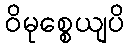
ဝိမုစ္စေယျပိ